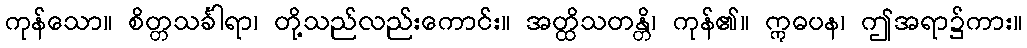
ကုန်သော။ စိတ္တသင်္ခါရာ၊ တို့သည်လည်းကောင်း။ အတ္ထိသတန္တိ၊ ကုန်၏။ ဣဓပန၊ ဤအရာ၌ကား။